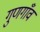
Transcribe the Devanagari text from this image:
गुणगाँव